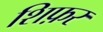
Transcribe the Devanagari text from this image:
शिफ़र